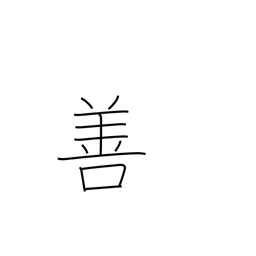
Meaning: goodness